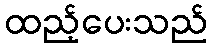
ထည့်ပေးသည်